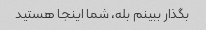
بگذار ببینم بله، شما اینجا هستید